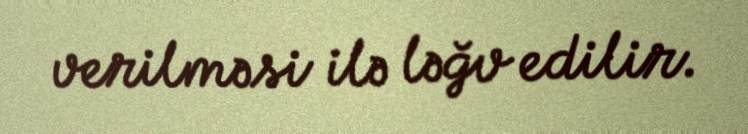
verilməsi ilə ləğv edilir.